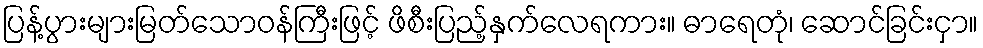
ပြန့်ပွားများမြတ်သောဝန်ကြီးဖြင့် ဖိစီးပြည့်နှက်လေရကား။ ဓာရေတုံ၊ ဆောင်ခြင်းငှာ။